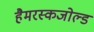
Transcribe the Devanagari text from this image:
हैमरस्कजोल्‍ड